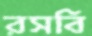
রসবি